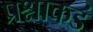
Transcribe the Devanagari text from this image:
प्रश्नाकडं